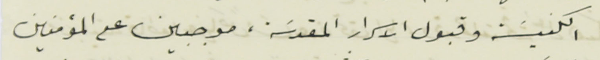
الكنيسَة وقبول الاسرار المقدسَة، موجبين على المؤمنين